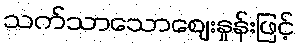
သက်သာသောဈေးနှုန်းဖြင့်